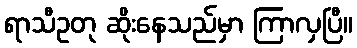
ရာသီဥတု ဆိုးနေသည်မှာ ကြာလှပြီ။